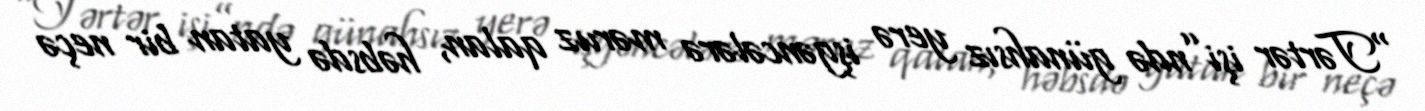
“Tərtər işi”ndə günahsız yerə işgəncələrə məruz qalan, həbsdə yatan bir neçə